koduurija_Pavel_Tisler, lk 6
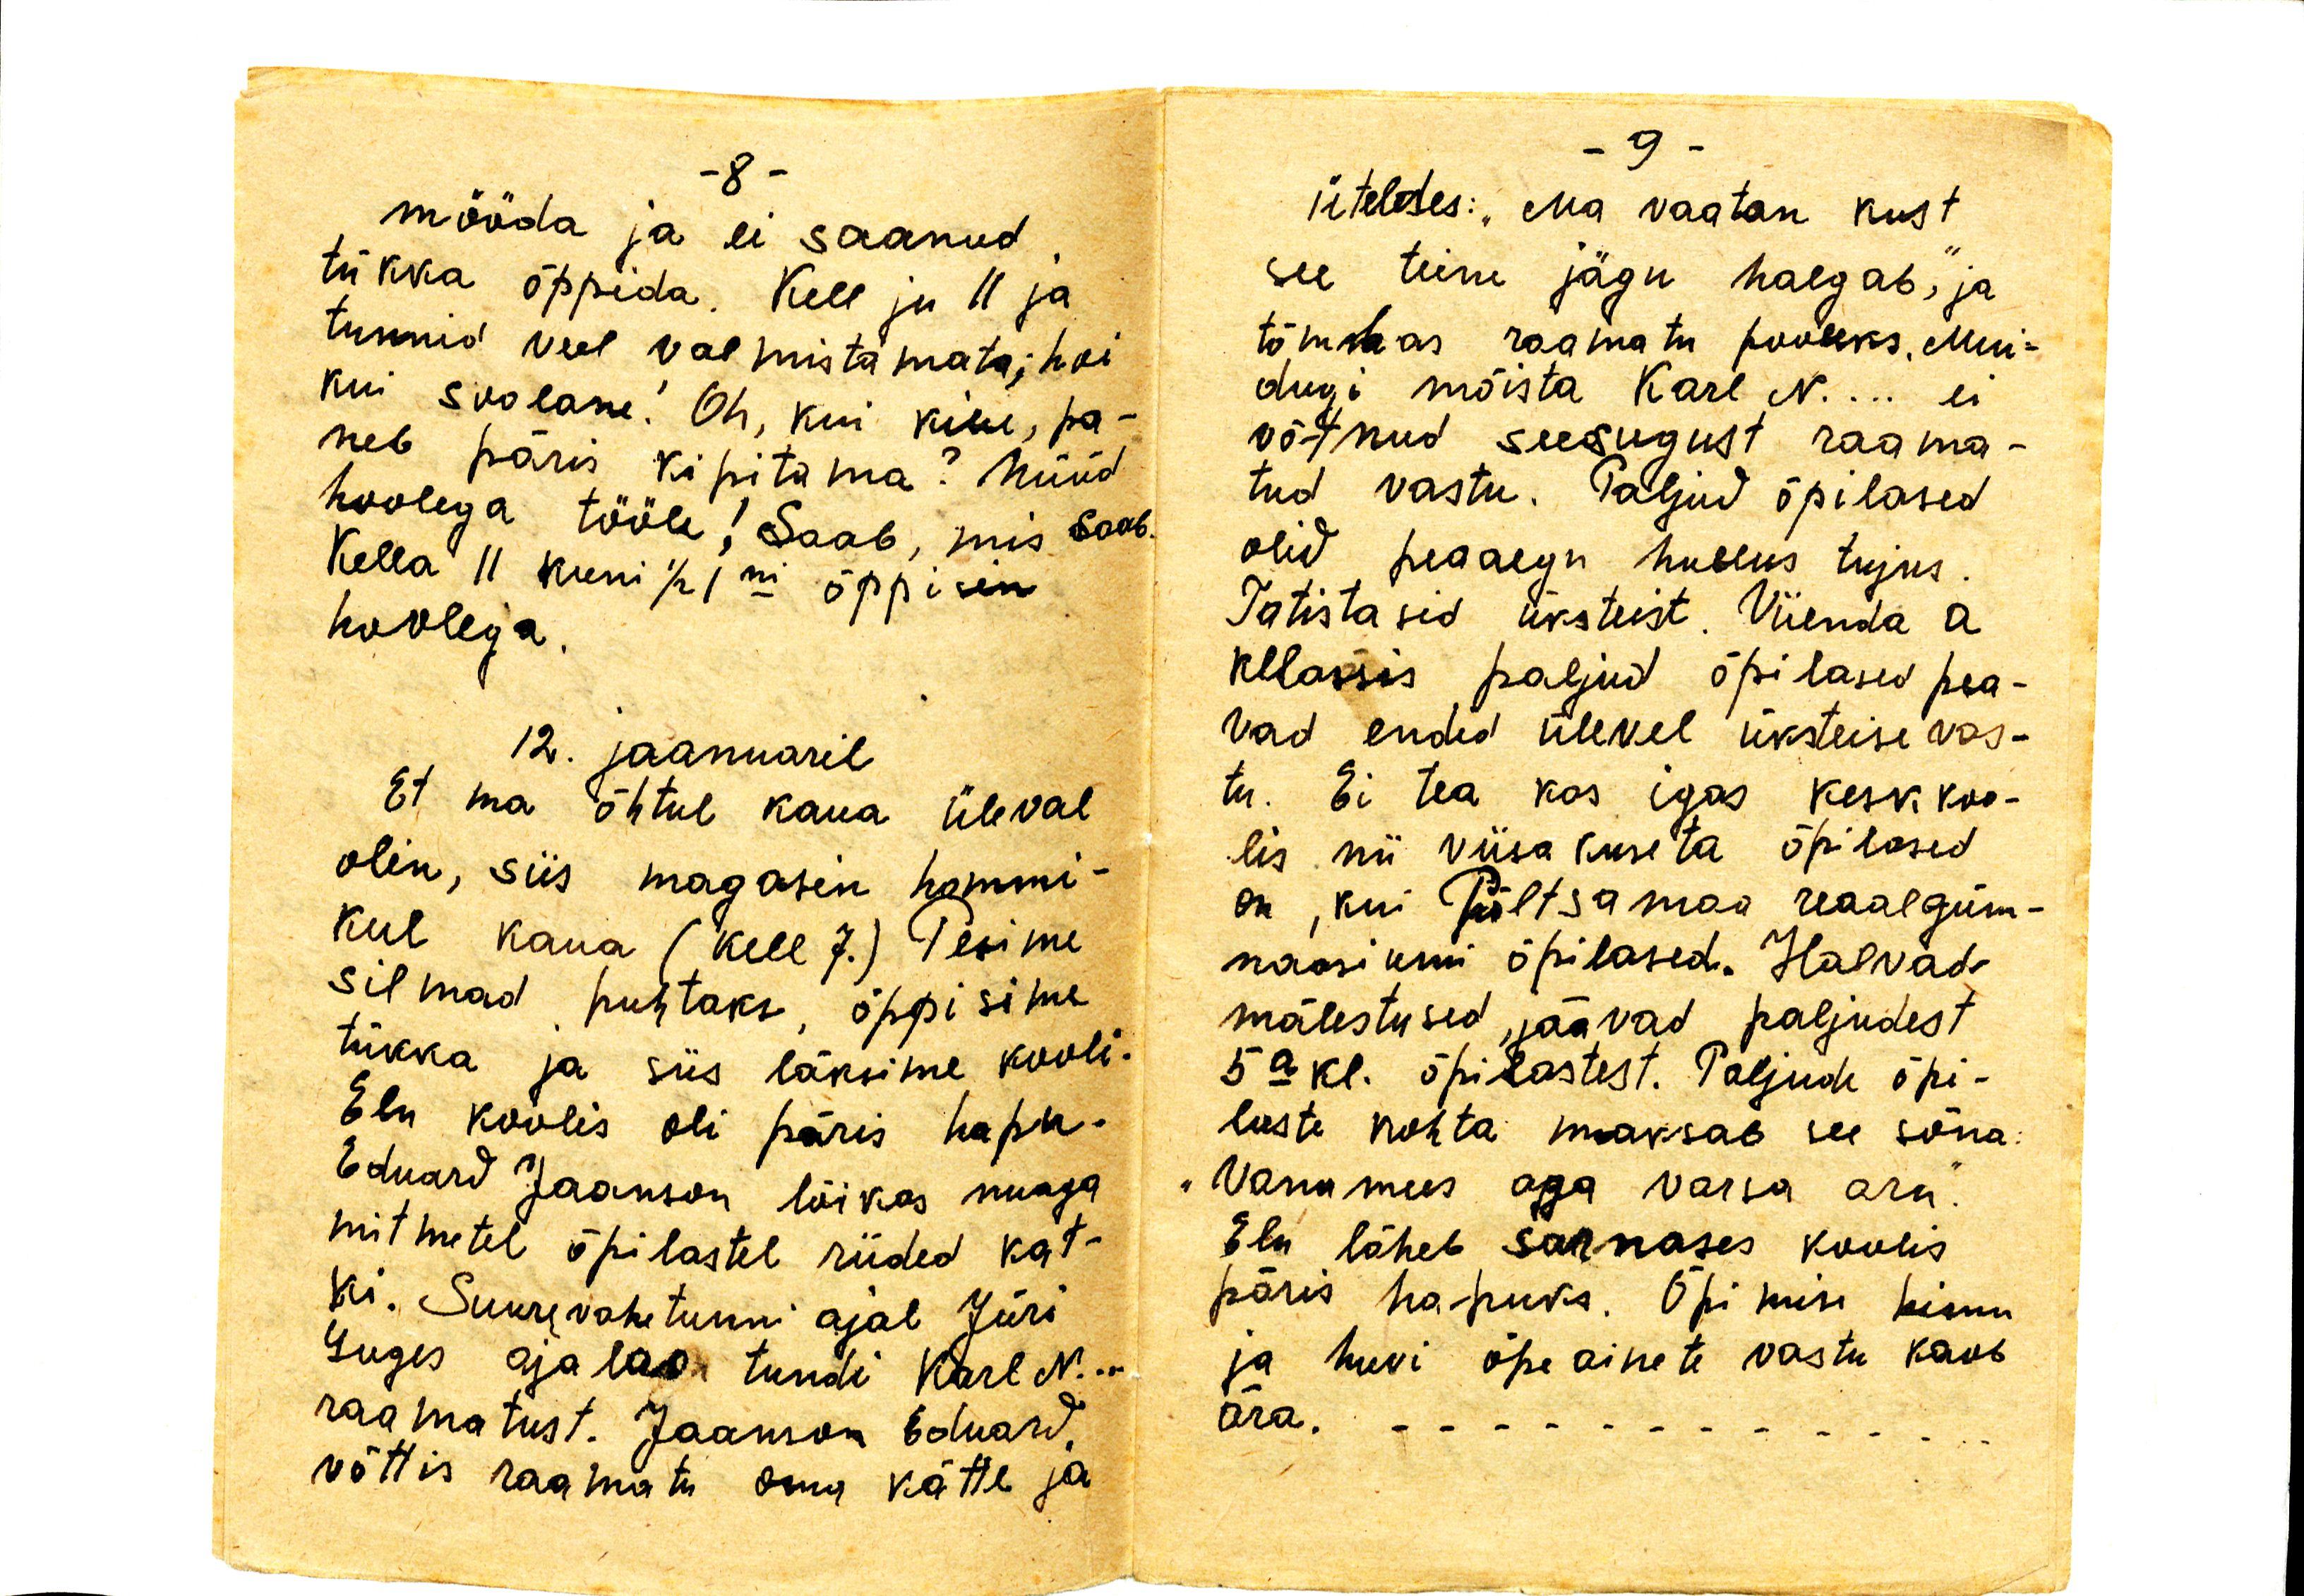
mööda ja ei saanud
tükka õppida. Kell ju 11 ja
tunnid veel valmistamata; hai
kui soolane! Oh, kui kibe, pa-
neb päris kipitama? Nüüd
hoolega tööle! Saab, mis saab.
Kella 11 kuni 1/2 1ni õppisin
hoolega.
12. jaanuaril
Et ma õhtul kaua üleval
olin, siis magasin hommi-
kul kaua (kell 7.) Pesime
silmad puhtaks, õppisime
tükka ja siis läksime kooli.
Elu koolis oli päris hapu.
Eduard Jaanson lõikas nuaga
mitmetel õpilastel riided kat-
ki. Suure vahetunni ajal Jüri
luges ajaloo tundi Karl N..
raamatust. Jaanson Eduard
võttis raamatu oma kätte ja

üteldes: "ma vaatan kust
see teine jägu halgab," ja
tõmbas raamatu pooleks. Mui-
dugi mõista Karl N... ei
võtnud seesugust raama-
tud vastu. Paljud õpilased
olid peaaegu hullus tujus.
Tatistasid üksteist. Viienda a
klassis paljud õpilased pea-
vad endid üleval üksteise vas-
tu. Ei tea kas igas keskkoo-
lis nii viisakuseta õpilased
on, kui Põltsamaa reaalgüm-
naasiumi õpilased. Halvad
mälestused jäävad paljudest
5a kl. õpilastest. Paljude õpi-
laste kohta maksab see sõna
"Vana mees aga vana aru".
Elu läheb sarnases koolis
päris hapuks. Õpimise himu
ja huvi õpeainete vastu kaob
ära.